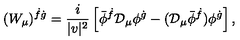
( W _ { \mu } ) ^ { \dot { f } \dot { g } } = \frac { i } { | v | ^ { 2 } } \left[ \bar { \phi } ^ { \dot { f } } { \cal D } _ { \mu } \phi ^ { \dot { g } } - ( { \cal D } _ { \mu } \bar { \phi } ^ { \dot { f } } ) \phi ^ { \dot { g } } \right] ,